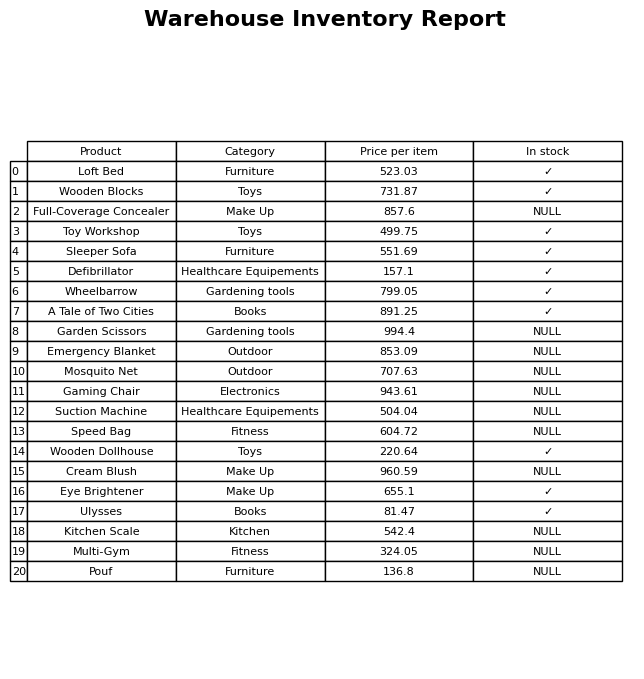
question: Which products are currently out of stock?
answer: Full-Coverage Concealer, Garden Scissors, Emergency Blanket, Mosquito Net, Gaming Chair, Suction Machine, Speed Bag, Cream Blush, Kitchen Scale, Multi-Gym, Pouf